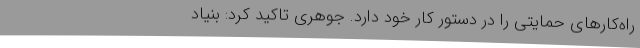
راه‌کارهای حمایتی را در دستور کار خود دارد. جوهری تاکید کرد: بنیاد